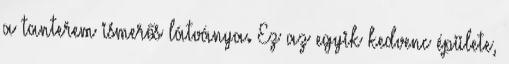
a tanterem ismerős látványa. Ez az egyik kedvenc épülete,